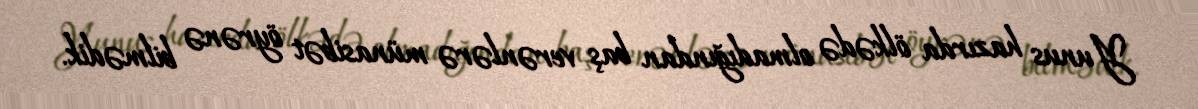
Yunus hazırda ölkədə olmadığından baş verənlərə münasibət öyrənə bilmədik.